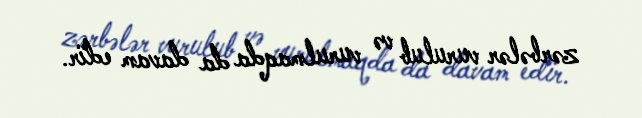
zərbələr vurulub və vurulmaqda da davam edir.